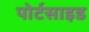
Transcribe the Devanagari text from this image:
पोर्टसाइड